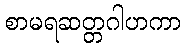
စာမရဆတ္တဂါဟကာ